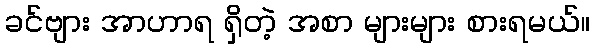
ခင်ဗျား အာဟာရ ရှိတဲ့ အစာ များများ စားရမယ်။